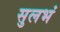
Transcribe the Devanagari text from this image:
सुलभं